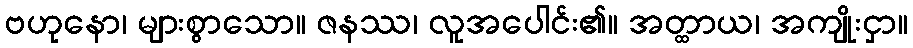
ဗဟုနော၊ များစွာသော။ ဇနဿ၊ လူအပေါင်း၏။ အတ္ထာယ၊ အကျိုးငှာ။